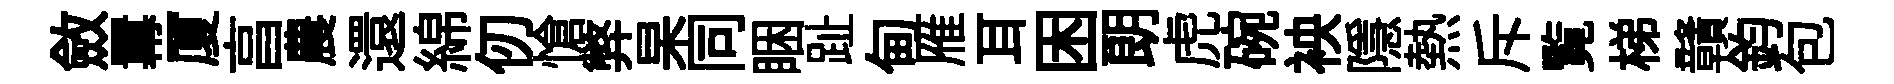
斂羃厦亯農還綿仞愴弊杲同睏趾甸雁耳困朗虎碗䘧隱熱斥覧梯贛鈞包